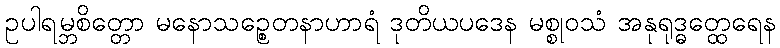
ဥပါရမ္ဘစိတ္တော မနောသဉ္စေတနာဟာရံ ဒုတိယပဒေန မစ္စုဝသံ အနုရုဒ္ဓတ္ထေရေန